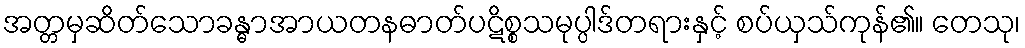
အတ္တမှဆိတ်သောခန္ဓာအာယတနဓာတ်ပဋိစ္စသမုပ္ပါဒ်တရားနှင့် စပ်ယှသ်ကုန်၏။ တေသု၊